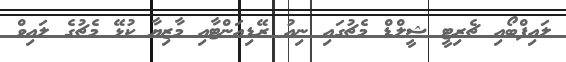
ލައިފްބޯއި ޗެރިޓީ ޝީލްޑް މެޗުގައި ނިއު ރޭޑިއަންޓާއި މާޒިޔާ ކުޅޭ މެޗުގެ ލައިވް